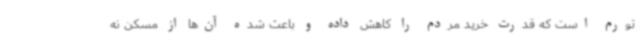
تورم است که قدرت خرید مردم را کاهش داده و باعث شده آن‌ها از مسکن نه